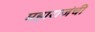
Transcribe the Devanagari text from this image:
महाराजंची